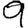
Digit: 9